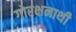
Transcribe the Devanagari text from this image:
गोरक्षनाथी